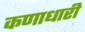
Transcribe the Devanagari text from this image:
कणाधारी